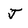
Character: j